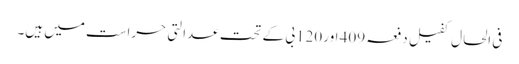
فی الحال کفیل دفعہ 409 اور 120بی کے تحت عدالتی حراست میں ہیں۔